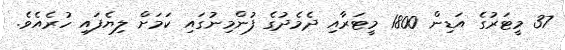
37 މީޓަރުގެ އަޑިން 1800 މީޓަރާއި ދެމެދުގެ ފުންމިނުގައި ކަމަށް ލިޔެފައި ހުރެއެވެ.